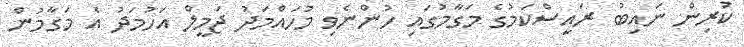
ކުރިން ނައިބު ރައީސްކަމުގެ މަގާމުގައި ހުންނެވި މުހައްމަދު ޖަމީލް އަހުމަދު އެ މަގާމުން